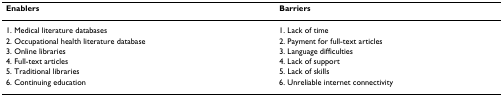
<table><thead><tr><td><b>Enablers</b></td><td><b>Barriers</b></td></tr></thead><tbody><tr><td>1. Medical literature databases</td><td>1. Lack of time</td></tr><tr><td>2. Occupational health literature database</td><td>2. Payment for full-text articles</td></tr><tr><td>3. Online libraries</td><td>3. Language difficulties</td></tr><tr><td>4. Full-text articles</td><td>4. Lack of support</td></tr><tr><td>5. Traditional libraries</td><td>5. Lack of skills</td></tr><tr><td>6. Continuing education</td><td>6. Unreliable internet connectivity</td></tr></tbody></table>